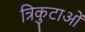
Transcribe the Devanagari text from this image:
त्रिकुटाओं